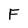
Character: F